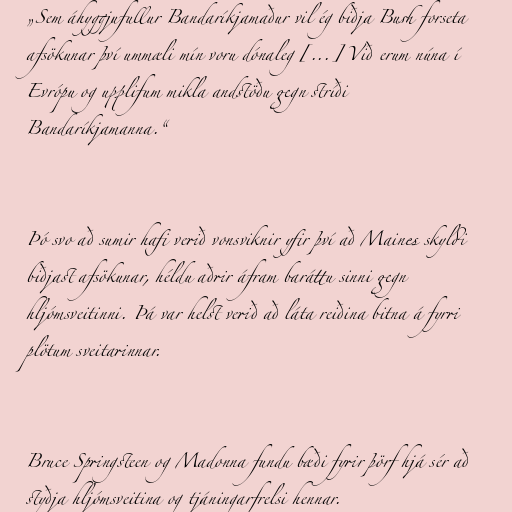
„Sem áhyggjufullur Bandaríkjamaður vil ég biðja Bush forseta
afsökunar því ummæli mín voru dónaleg [...] Við erum núna í
Evrópu og upplifum mikla andstöðu gegn stríði
Bandaríkjamanna.“

Þó svo að sumir hafi verið vonsviknir yfir því að Maines skyldi
biðjast afsökunar, héldu aðrir áfram baráttu sinni gegn
hljómsveitinni. Þá var helst verið að láta reiðina bitna á fyrri
plötum sveitarinnar.

Bruce Springsteen og Madonna fundu bæði fyrir þörf hjá sér að
styðja hljómsveitina og tjáningarfrelsi hennar.